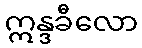
ဣန္ဒခီလော